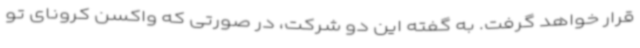
قرار خواهد گرفت. به گفته این دو شرکت، در صورتی که واکسن کرونای تو